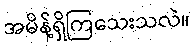
အမိန့်ရှိကြသေးသလဲ။